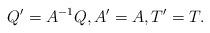
LaTeX: \begin{align*} Q' = A^{-1}Q, A' = A, T' = T.\end{align*}